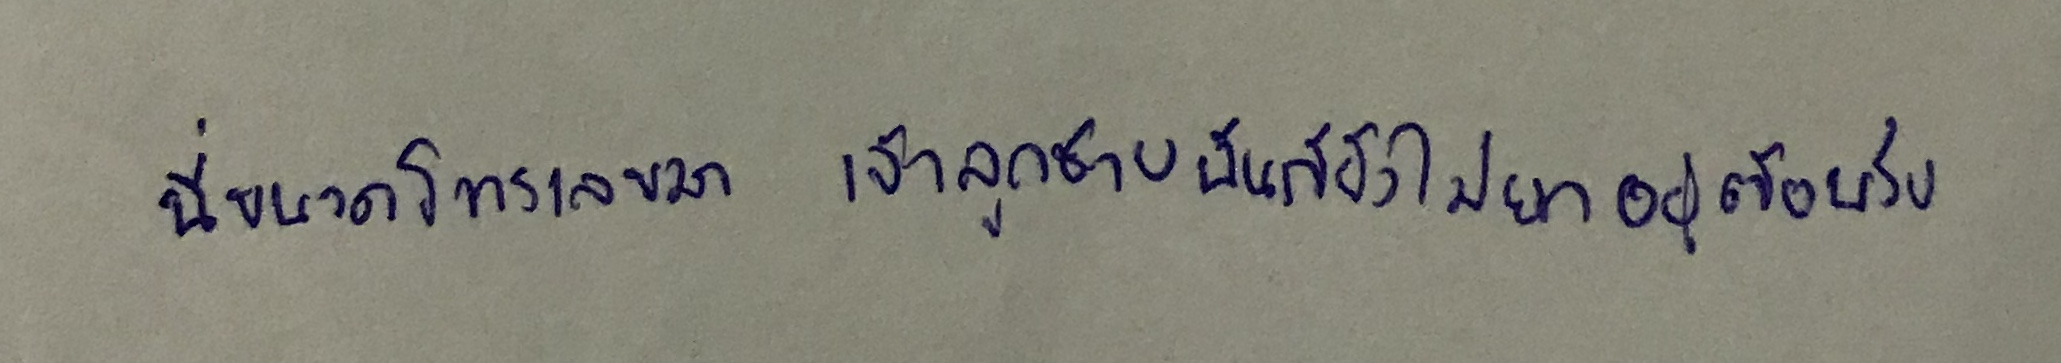
นี่ขนาดโทรเลขมา...เจ้าลูกชายฉันก็ยังไม่ยักอยู่ต้อนรับ"